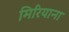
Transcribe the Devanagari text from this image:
मिरियाना